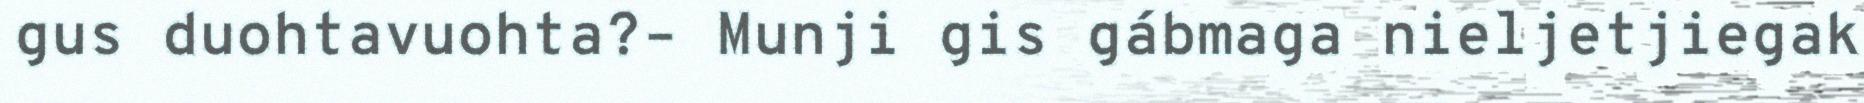
gus duohtavuohta?– Munji gis gábmaga nieljetjiegak